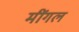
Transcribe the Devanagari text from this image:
मींगल